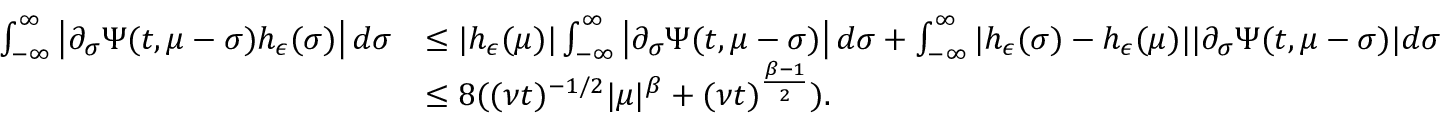
\begin{array} { r l } { \int _ { - \infty } ^ { \infty } \left| \partial _ { \sigma } \Psi ( t , \mu - \sigma ) h _ { \epsilon } ( \sigma ) \right| d \sigma } & { \leq | h _ { \epsilon } ( \mu ) | \int _ { - \infty } ^ { \infty } \left| \partial _ { \sigma } \Psi ( t , \mu - \sigma ) \right| d \sigma + \int _ { - \infty } ^ { \infty } | h _ { \epsilon } ( \sigma ) - h _ { \epsilon } ( \mu ) | | \partial _ { \sigma } \Psi ( t , \mu - \sigma ) | d \sigma } \\ & { \leq 8 ( ( \nu t ) ^ { - 1 / 2 } | \mu | ^ { \beta } + ( \nu t ) ^ { \frac { \beta - 1 } { 2 } } ) . } \end{array}